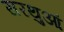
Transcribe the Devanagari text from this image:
सरथुआं